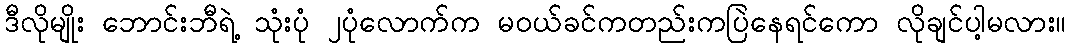
ဒီလိုမျိုး ဘောင်းဘီရဲ့ သုံးပုံ ၂ပုံလောက်က မဝယ်ခင်ကတည်းကပြဲနေရင်ကော လိုချင်ပါ့မလား။